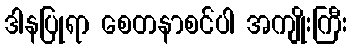
ဒါနပြုရာ စေတနာစင်ပါ အကျိုးကြီး